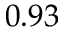
0 . 9 3